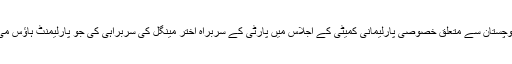
ذرائع کے مطابق بی این پی کے رکنِ قومی اسمبلی حسن بلوچ نے بلوچستان سے متعلق خصوصی پارلیمانی کمیٹی کے اجلاس میں پارٹی کے سربراہ اختر مینگل کی سربراہی کی جو پارلیمنٹ ہاؤس می منعقد ہوا تھا اور اس کی سربراہی خود اسپیکر اسمبلی نے کی تھی۔